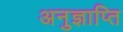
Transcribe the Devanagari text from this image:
अनुज्ञाप्ति